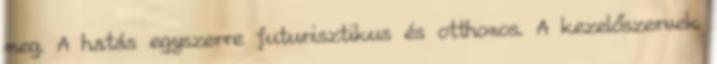
meg. A hatás egyszerre futurisztikus és otthonos. A kezelőszervek